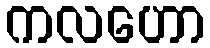
ကလဟော